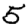
Digit: 5